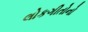
લોકગીતોનો